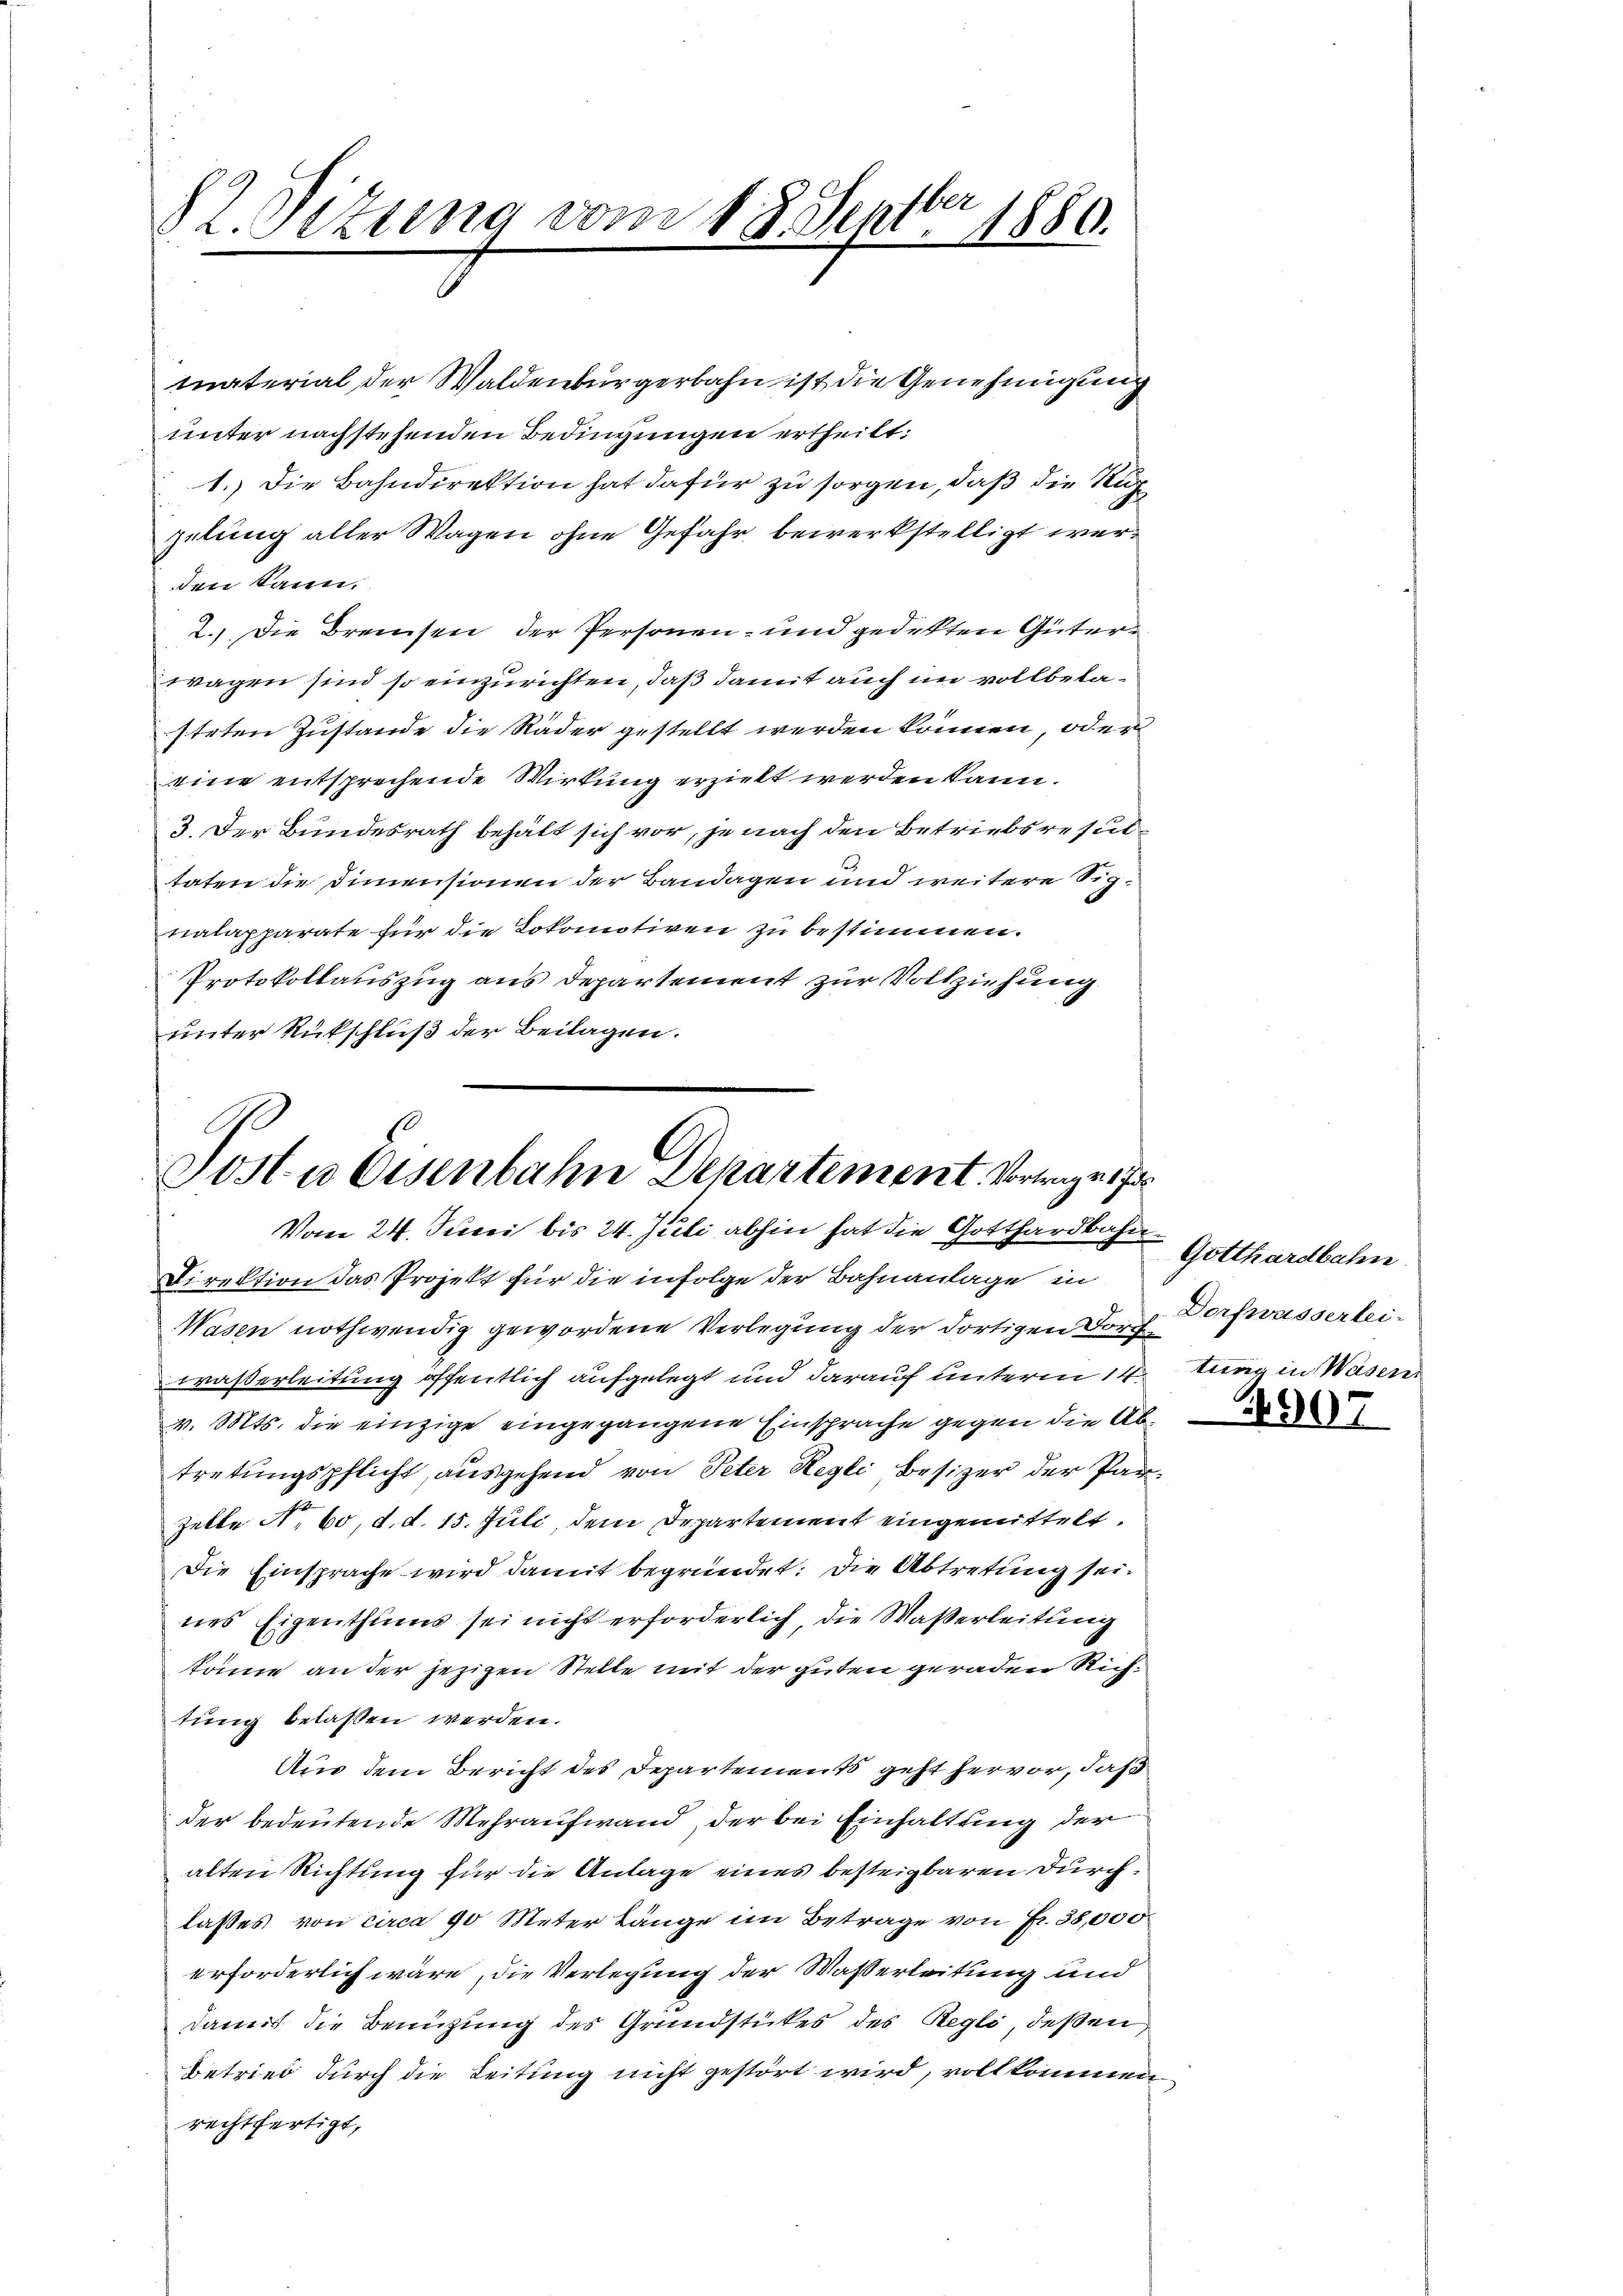
d
§ 2. Sezung vom 18. Sept. 1880.

material der Waldenburgerbahn ist die Genehmigung
unter nachstehenden Bedingungen ertheilt:
1.) Die Bahndirektion hat dafür zu sorgen, daß die Supzelung aller Wagen ohne Gefahr bewerkstelligt werden kann.
2.) Die Breisen der Personen- und gedekten Güterwagen sind so einzurichten, daß damit auch im vollbelasteten Zustande die Räder gestellt werden können, oder
eine entsprechende Wirkung erzielt werden kann.
3. Der Bundesrath behält sich vor, je nach den Betriebsresultaten die Dimensionen der Bandagen und weitere Signalapparate für die Lokomotiven zu bestimmen.
Protokollauszug aus Departement zur Vollziehung
unter Rückschluß der Beilagen.

Posta Eisenbahn Departement. Vorge,
Vom 24. Juni bis 24. Juli abhin hat die Gotthardlichen Gotthardbahn

Direktion das Projekt für die infolge der Bahnanlage in
Wasen nothwendig gewordene Verlegung der dortigen Dorf Dorfwasserleiwaßerleitung öffentlich aufgelegt und darauf unterm 14.
v. Mts. die einzige eingegangene Einsprache gegen die Abtretungspflicht, ausgehend von Peter Regli besizer der Par¬
Zelle No 60, d. d. 15. Juli, dem Departement eingemittelt.
Die Einsprache wird damit begründet: Die Abtretung seines Eigenthums sei nicht erforderlich, die Waßerleitung
könne an der jezigen Stelle mit der guten geraden Richtung belassen werden.
Aus dem Bericht des Departements geht hervor, daß
der bedeutende Mehraufwand, der bei Einhaltung der
alten Richtung für die Anlage eines besteigbaren durchlasses von circa 90 Meter Länge im Betrage von Fr. 38,000
erforderlich wäre, die Verlegung der Wasserleitung und
damit die Benüzung des Grundstückes des Regli, deßen,
Betried durch die Leitung nicht gestört wird, vollkommenrechtfertigt,

tung in Wasen.

490